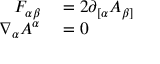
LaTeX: \begin{array} { r l } { F _ { \alpha \beta } } & { { } = 2 \partial _ { [ \alpha } A _ { \beta ] } } \\ { \nabla _ { \alpha } A ^ { \alpha } } & { { } = 0 } \end{array}